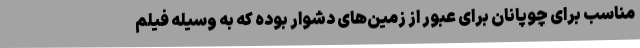
مناسب برای چوپانان برای عبور از زمین‌های دشوار بوده که به وسیله فیلم